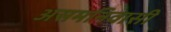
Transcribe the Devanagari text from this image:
असमनिवासी